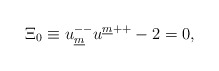
\begin{align*}\Xi _{{ 0}}\equiv u^{--}_{\underline{m}} u^{\underline{m}{++}} - 2 = 0 ,\end{align*}